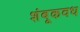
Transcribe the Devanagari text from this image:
शंबूकवध